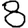
Digit: 8